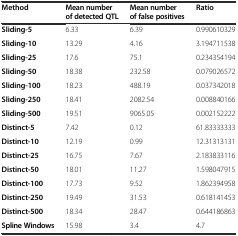
<table><thead><tr><td><b>Method</b></td><td><b>Mean number of detected QTL</b></td><td><b>Mean number of false positives</b></td><td><b>Ratio</b></td></tr></thead><tbody><tr><td><b>Sliding-5</b></td><td>6.33</td><td>6.39</td><td>0.990610329</td></tr><tr><td><b>Sliding-10</b></td><td>13.29</td><td>4.16</td><td>3.194711538</td></tr><tr><td><b>Sliding-25</b></td><td>17.6</td><td>75.1</td><td>0.234354194</td></tr><tr><td><b>Sliding-50</b></td><td>18.38</td><td>232.58</td><td>0.079026572</td></tr><tr><td><b>Sliding-100</b></td><td>18.23</td><td>488.19</td><td>0.037342018</td></tr><tr><td><b>Sliding-250</b></td><td>18.41</td><td>2082.54</td><td>0.008840166</td></tr><tr><td><b>Sliding-500</b></td><td>19.51</td><td>9065.05</td><td>0.002152222</td></tr><tr><td><b>Distinct-5</b></td><td>7.42</td><td>0.12</td><td>61.83333333</td></tr><tr><td><b>Distinct-10</b></td><td>12.19</td><td>0.99</td><td>12.31313131</td></tr><tr><td><b>Distinct-25</b></td><td>16.75</td><td>7.67</td><td>2.183833116</td></tr><tr><td><b>Distinct-50</b></td><td>18.01</td><td>11.27</td><td>1.598047915</td></tr><tr><td><b>Distinct-100</b></td><td>17.73</td><td>9.52</td><td>1.862394958</td></tr><tr><td><b>Distinct-250</b></td><td>19.49</td><td>31.53</td><td>0.618141453</td></tr><tr><td><b>Distinct-500</b></td><td>18.34</td><td>28.47</td><td>0.644186863</td></tr><tr><td><b>Spline Windows</b></td><td>15.98</td><td>3.4</td><td>4.7</td></tr></tbody></table>